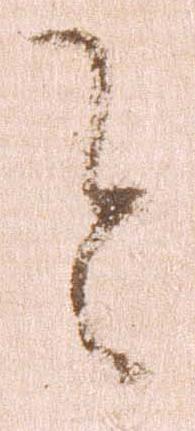
令